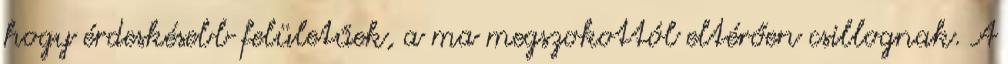
hogy érdeskésebb felületűek, a ma megszokottól eltérően csillognak. A